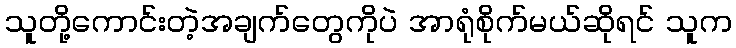
သူတို့ကောင်းတဲ့အချက်တွေကိုပဲ အာရုံစိုက်မယ်ဆိုရင် သူက